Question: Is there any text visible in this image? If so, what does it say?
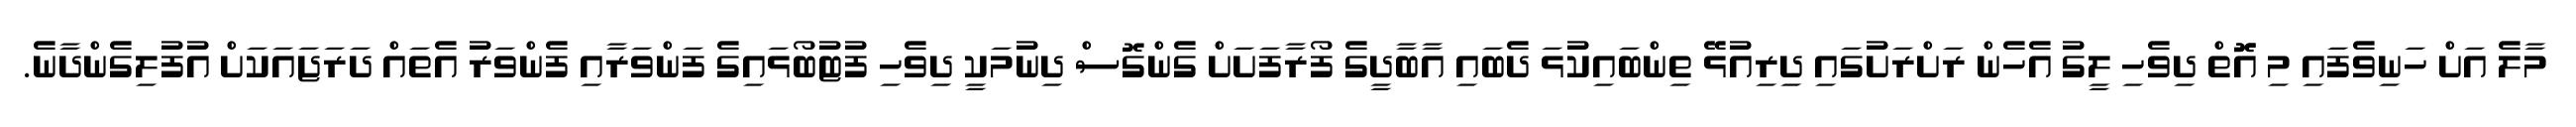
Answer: މާލެ އަށް ހަނިވެފައި މި އޮޮތް ދިވެހި ލީގު އެހެން ރަށްރަށުގައި ދިރިއުޅޭ ތިންބައިކުޅަ ދެބައި އާބާދީގެ ފޯރާފަށަށް ގެންގޮސް ދިނުމަކީ ދިވެހި ފުޓުބޯޅައިގެ ފަންވަރާއި ފެންވަރު އެތައް ދަރަޖައަކަށް އުފުލިގެންދާނެ.